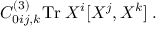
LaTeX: C _ { 0 i j , k } ^ { ( 3 ) } \mathrm { T r } \; X ^ { i } [ X ^ { j } , X ^ { k } ] \; .